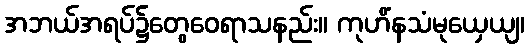
အဘယ်အရပ်၌တွေဝေရာသနည်း။ ကုဟိံနသံမုယှေယျ၊